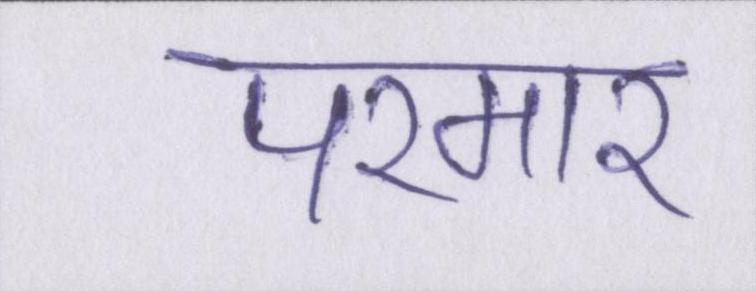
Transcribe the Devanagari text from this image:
परमार